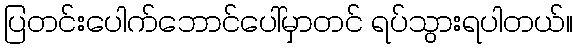
ပြတင်းပေါက်ဘောင်ပေါ်မှာတင် ရပ်သွားရပါတယ်။